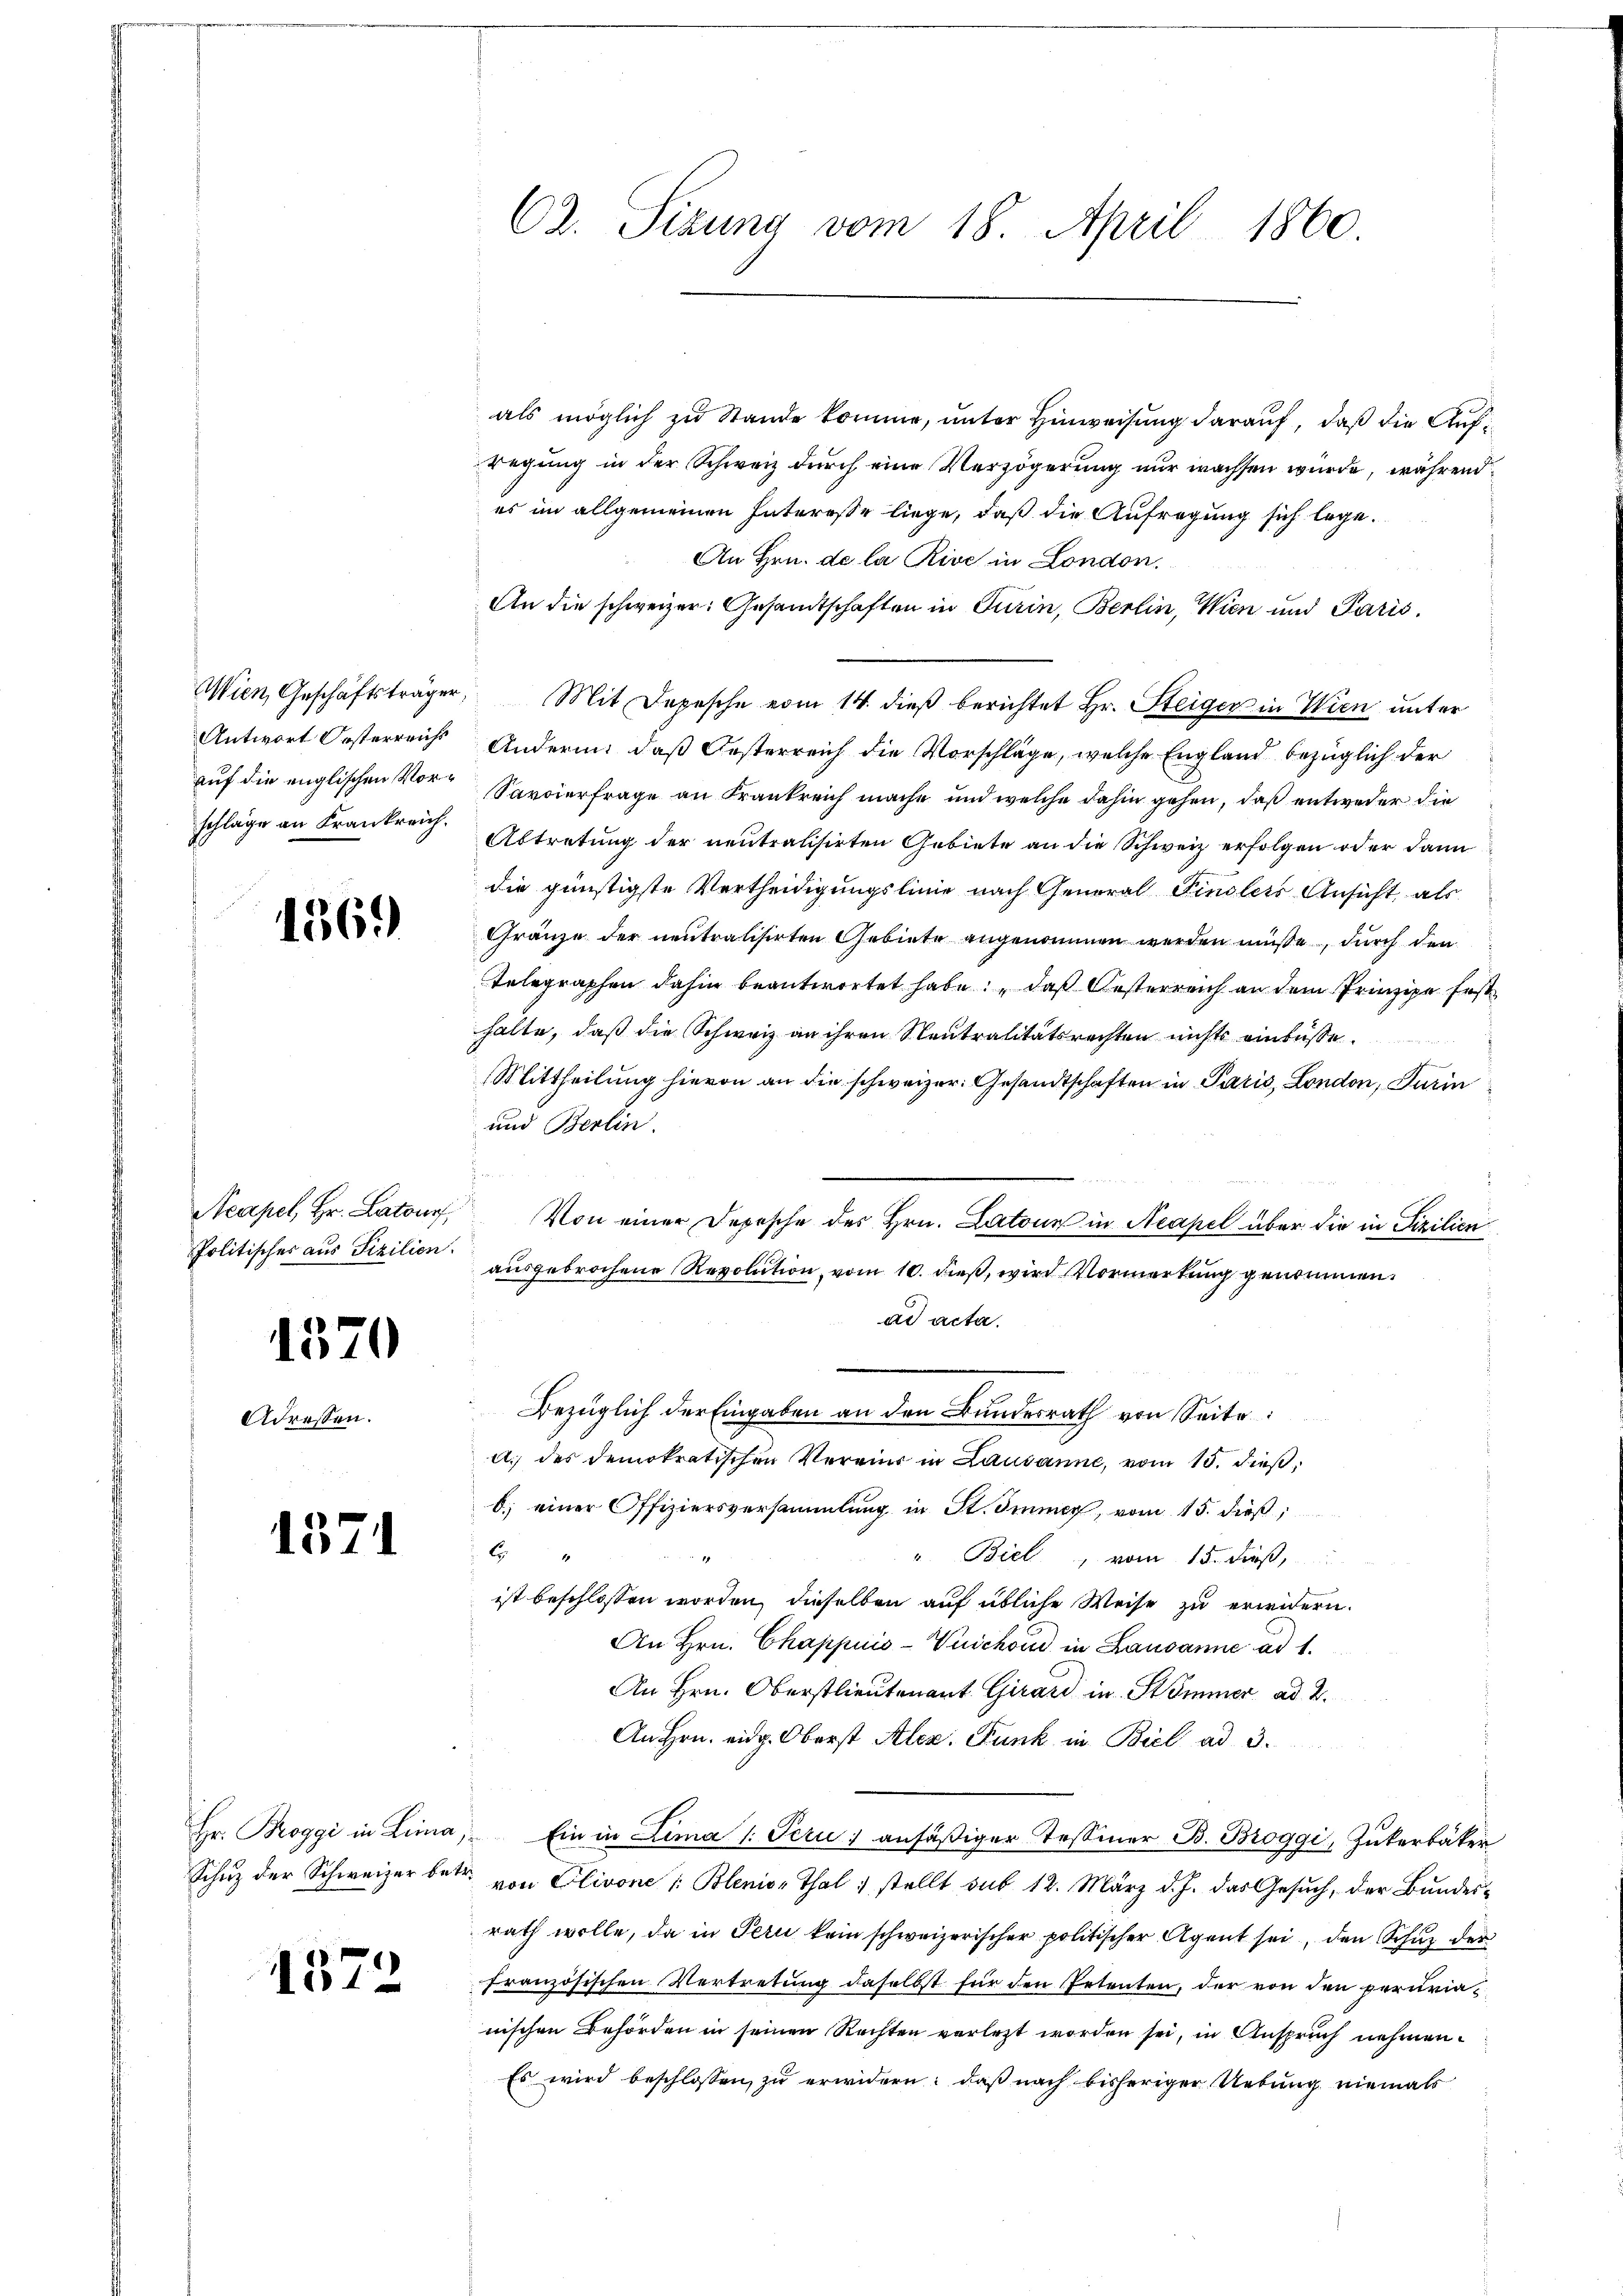
Wien, Geschäftsträger,
Antwort Oesterreichs
auf die englischen Vorschläge an Frankreich.

1369

Neapel, Hr. Latour,
Politischer aus Sizilien.

1570

Adressen.

1371

Hr. Broggi in Lina,
Schutz der Schweizer betr.

1372

C2. Sizung vom 18. April 1860.

als möglich zu Stande komme, unter Hinweisung darauf, daß die Aufregung in der Schweiz durch eine Verzögerung nur wachsen wurde, während
es im allgemeinen Interesse liege, daß die Aufregung sich lege.
An Hrn. de la Rive in London.
An die schweizer. Gesandtschaften in Turin, Berlin, Wien und Paris.
Mit Depesche vom 14. dieß berichtet Hr. Steiger in Wien unter
Anderin, daß Gesterreich die Vorschläge, welche England bezüglich der
Savoierfrage an Frankreich mache und welche dahin gehen, daß entweder die
Abtretung der neutralisirten Gebiete an die Schweiz erfolgen oder dann
die günstigste Vertheidigungslinie nach General Finslers Ansicht als
Gränze der neutralisirten Gebiete angenommen werden müße, durch den
Telegraphen dahin beantwortet habe: „daß Oesterreich an dem Prinzipe fest
halte, daß die Schweiz an ihren Neutralitätsrechten nichts einbüsse.
Mittheilung hievon an die schweizer. Gesandtschaften in Paris, London, Turin
und Berlin.
Von einer Depesche des Hrn. Latone in Neapel über die in Sizilien
ausgebrochene Revolution vom 10. dieß, wird Vormerkung genommen.
ad acta.
Bezüglich der Eingaben an den Bundesrath von Seite
A. des demokratischen Verein in Lausanne, vom 15. dieβ,
b) einer Offiziersversammlung in St. Immer, vom 15. dieß,
E
u. Biel, vom 15. Fuß,
ist beschlossen worden, dieselben auf übliche Weise zu erwidern.
An Hrn. Chappuis-Vuichoud in Lausanne ad 1.
An Hrn. Oberstlieutenant Girard in Himmer ad 2.
An Hrn. eidg. Oberst Alex. Funk in Biel ad 3.
Ein in Lima /: Pern) ansäßiger Tessiner B. Broggi, Zukerbäker
 von Elivone /: Blenior Thal 1 stellt sub 12. März d. J. das Gesuch, der Bundesrath wolle, da in Tern kein schweizerischer politischer Agent sei, den Schuz der
französischen Vertretung daselbst für den Petenten, der von den perurianischen Behörden in seinen Rechten verletzt worden sei, in Anspruch nehmen.
Es wird beschlossen, zu erwidern: daß nach bisheriger Uebung niemals